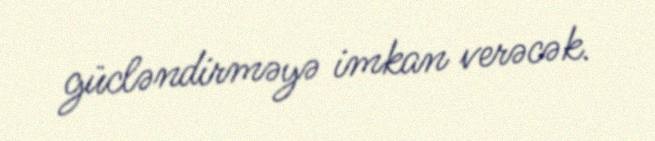
gücləndirməyə imkan verəcək.